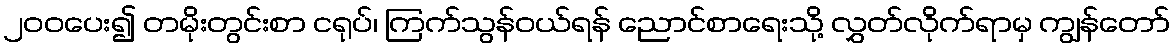
၂၀၀ပေး၍ တမိုးတွင်းစာ ငရုပ်၊ ကြက်သွန်ဝယ်ရန် ညောင်စာရေးသို့ လွှတ်လိုက်ရာမှ ကျွန်တော်